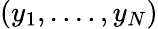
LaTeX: (y_{1},....,y_{N})